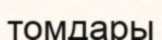
томдары